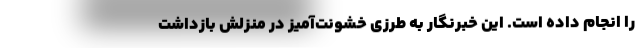
را انجام داده است. این خبرنگار به طرزی خشونت‌آمیز در منزلش بازداشت